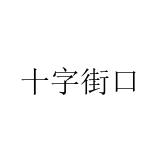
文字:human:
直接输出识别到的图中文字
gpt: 十字街口